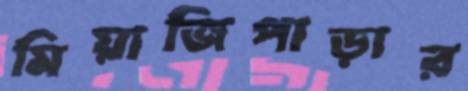
মিয়াজিপাড়ার